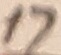
Text: 17